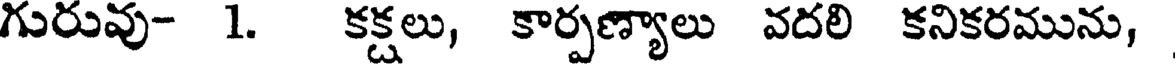
గురువు- 1. కక్షలు, కార్పణ్యాలు వదలి కనికరమును,